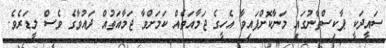
ސައީދަކީ ޕާކިސްތާނުގައި މަނާކޮށްފައިވާ އެހީގެ ޖަމާއަތެއް ކަމަށްވާ ޖަމާއަތުއް ދައުވާގެ ވެސް ލީޑަރެވެ.